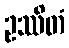
ဥဿိတံ